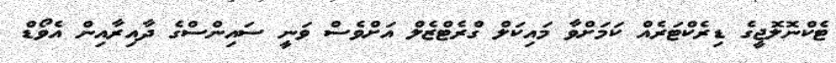
ޓެކްނޮލޮޖީގެ ޑިރެކްޓަރެއް ކަމަށްވާ މައިކަލް ގްރެޓްޒެލް އަށްވެސް ވަނީ ސައިންސްގެ ދާއިރާއިން އެވޯޑް